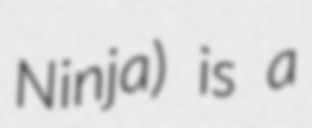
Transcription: Ninja) is a